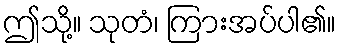
ဤသို့။ သုတံ၊ ကြားအပ်ပါ၏။